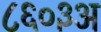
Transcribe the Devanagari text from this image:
८६०३अ